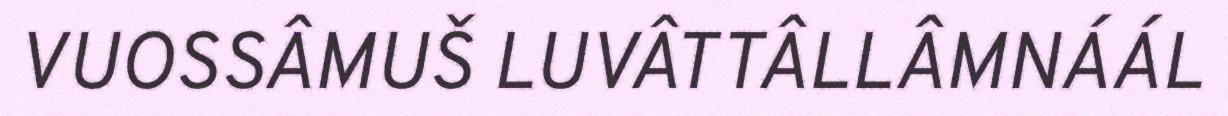
VUOSSÂMUŠ LUVÂTTÂLLÂMNÁÁL